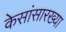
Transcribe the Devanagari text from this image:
केसांसारख्या